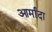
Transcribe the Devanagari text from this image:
आर्मादा